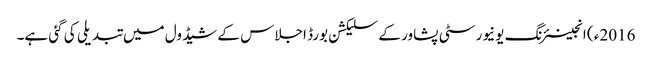
2016ء ) انجینئرنگ یونیورسٹی پشاور کے سلیکشن بورڈ اجلاس کے شیڈول میں تبدیلی کی گئی ہے۔